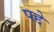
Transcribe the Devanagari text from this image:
पद्दे